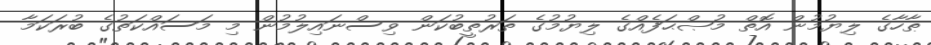
ޠާހާގެ ލިޔުމުން އޮތް މުޞްޙަފެއްގެ ލިޔުމުގެ ތަރުތީބުކަން ވިސްނައިލުމުން މި މަސައްކަތުގެ ބުރަކަމާ